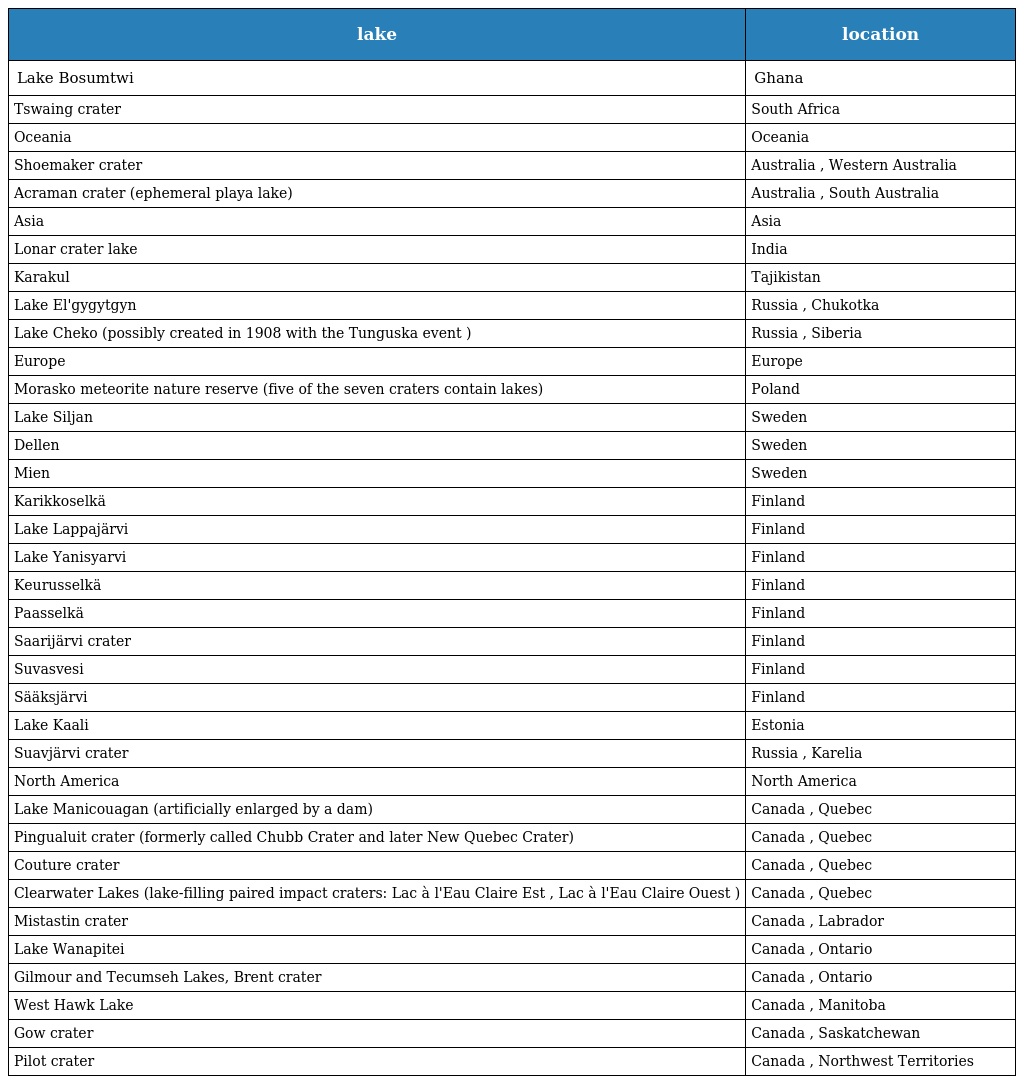
| lake | location |
 | --- | --- |
 | Lake Bosumtwi | Ghana |
 | Tswaing crater | South Africa |
 | Oceania | Oceania |
 | Shoemaker crater | Australia , Western Australia |
 | Acraman crater (ephemeral playa lake) | Australia , South Australia |
 | Asia | Asia |
 | Lonar crater lake | India |
 | Karakul | Tajikistan |
 | Lake El'gygytgyn | Russia , Chukotka |
 | Lake Cheko (possibly created in 1908 with the Tunguska event ) | Russia , Siberia |
 | Europe | Europe |
 | Morasko meteorite nature reserve (five of the seven craters contain lakes) | Poland |
 | Lake Siljan | Sweden |
 | Dellen | Sweden |
 | Mien | Sweden |
 | Karikkoselkä | Finland |
 | Lake Lappajärvi | Finland |
 | Lake Yanisyarvi | Finland |
 | Keurusselkä | Finland |
 | Paasselkä | Finland |
 | Saarijärvi crater | Finland |
 | Suvasvesi | Finland |
 | Sääksjärvi | Finland |
 | Lake Kaali | Estonia |
 | Suavjärvi crater | Russia , Karelia |
 | North America | North America |
 | Lake Manicouagan (artificially enlarged by a dam) | Canada , Quebec |
 | Pingualuit crater (formerly called Chubb Crater and later New Quebec Crater) | Canada , Quebec |
 | Couture crater | Canada , Quebec |
 | Clearwater Lakes (lake-filling paired impact craters: Lac à l'Eau Claire Est , Lac à l'Eau Claire Ouest ) | Canada , Quebec |
 | Mistastin crater | Canada , Labrador |
 | Lake Wanapitei | Canada , Ontario |
 | Gilmour and Tecumseh Lakes, Brent crater | Canada , Ontario |
 | West Hawk Lake | Canada , Manitoba |
 | Gow crater | Canada , Saskatchewan |
 | Pilot crater | Canada , Northwest Territories |